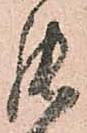
罷